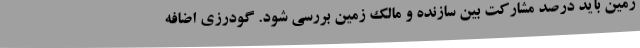
زمین باید درصد مشارکت بین سازنده و مالک زمین بررسی شود. گودرزی اضافه